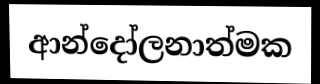
ආන්දෝලනාත්මක